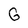
Character: G